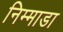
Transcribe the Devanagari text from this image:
निम्माडा